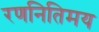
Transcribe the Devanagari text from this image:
रणनितिमय